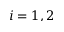
i = 1 , 2